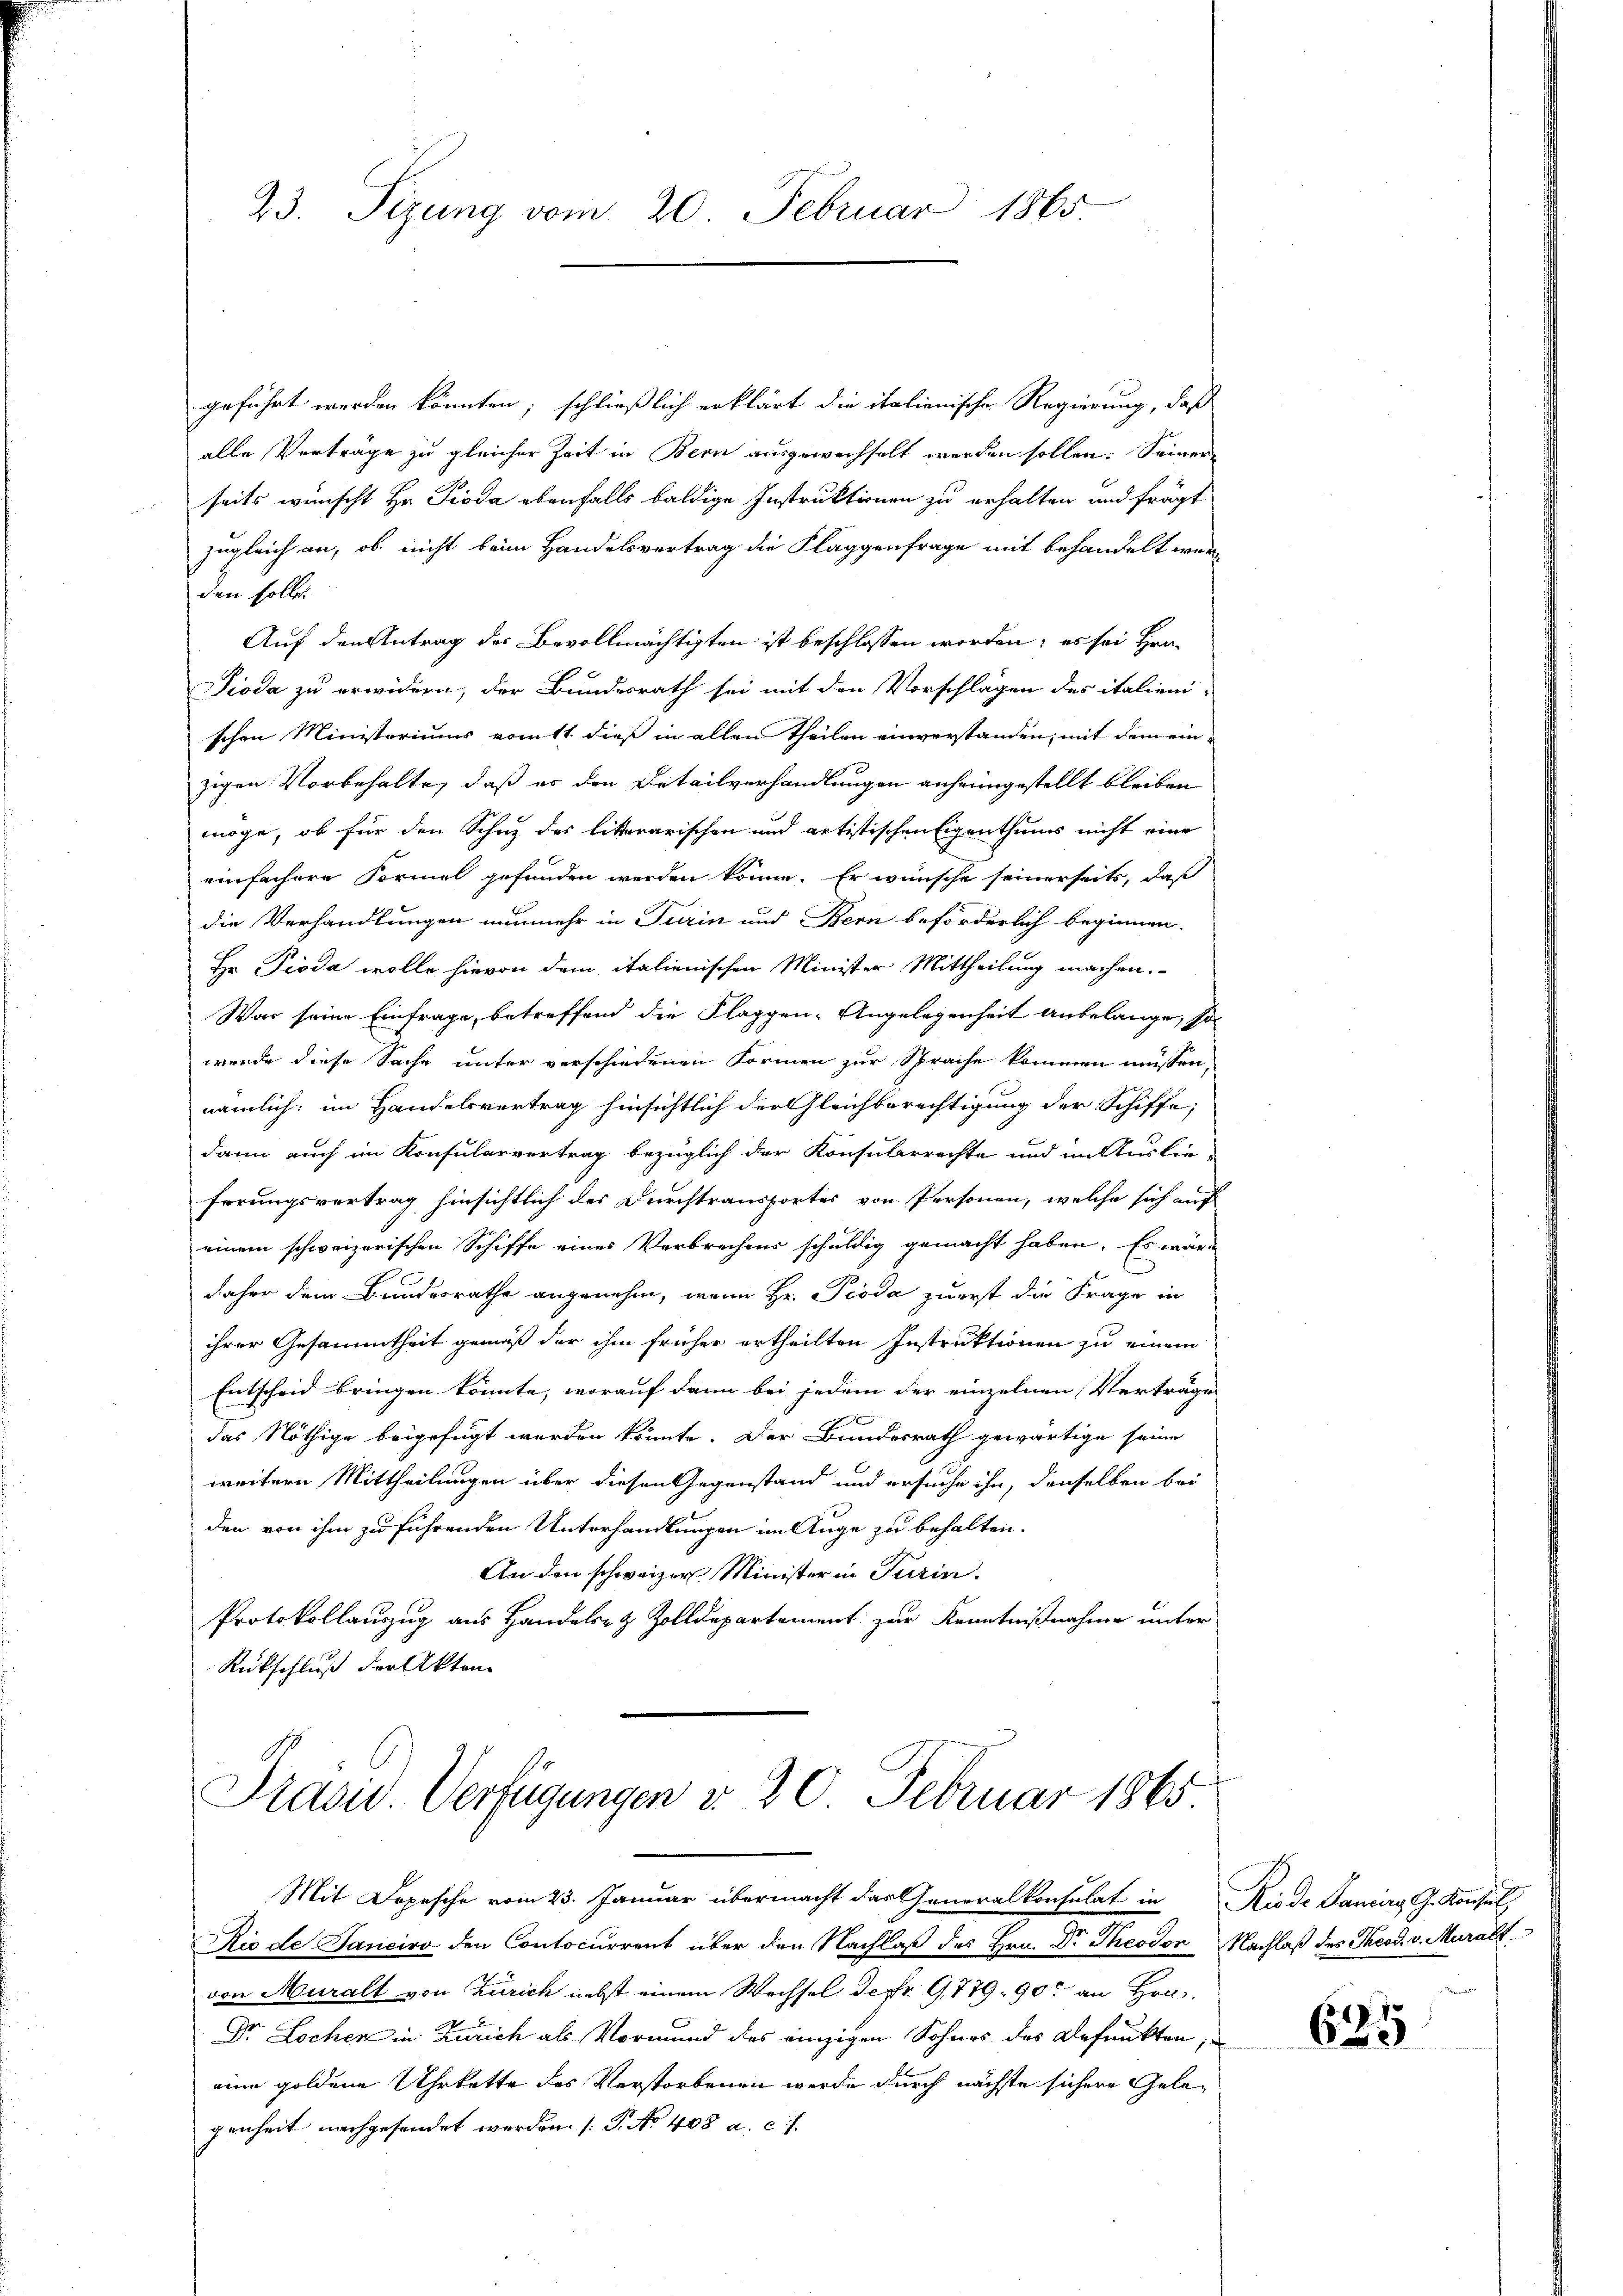
23. Sizung vom 20. Februar 1865.

geführt werden könnten; schließlich erklärt die italienische Regierung, daß
alle Verträge zu gleicher Zeit in Bern ausgewechselt werden sollen. Seiner
seits wünscht Hr. Pioda ebenfalls baldige Instruktionen zu erhalten und frägt
zugleich an, ob nicht beim Handelsvertrag die Klaggenfrage mit behandelt werden solle.
Auf den Antrag des Bevollmächtigten ist beschlossen worden; es sei Her-
Dioda zu erwidern, der Bundesrath sei mit den Vorschlägen des italieni-
schen Ministeriums vom 11 dieß in allen Theilen einverstanden, mit dem einzigen Vorbehalte, daß es den Detailverhandlungen anheimgestellt bleiben
möge, ob für den Schuz des litterarischen und artistischen Eigenthums nicht vier
einfachere Formel gefunden werden könne. Er wünsche seinerseits, daß
die Verhandlungen nunmehr in Turin und Bern beförderlich beginnen.
Hr. Pioda wolle hievon dem italienischen Minister Mittheilung machen.
War seine Einfrage, betreffend die Flappen-Angelegenheit anbelange, so
werde diese Sache unter verschiedenen Formen zur Sprache kommen müssen,
nämlich im Handelsvertrag hinsichtlich der Gleichberechtigung der Schiffe;
dann auch im Konsularvertrag bezüglich der Konsularrechte und in Auslie-
ferungsvertrag hinsichtlich des Durchtransportes von Personen, welche sich auf
einem schweizerischen Schiffe eines Verbrechens schuldig gemacht haben. Es wäre
daher dem Bundesrathe angenehm, wenn Hr. Pioda zuerst die Frage in
ihrer Gesammtheit gemäß der ihm früher ertheilten Instruktionen zu einem
Entscheid bringen könnte, worauf dann bei jedem der einzelnen Verträge
das Nöthige beigefügt werden könnte. Der Bundesrath gewärtige seine
weitern Mittheilungen über diesen Gegenstand und ersuche ihn, denselben bei
den von ihm zu führenden Unterhandlungen im Auge zu behalten.
An den schweizer Minister in Turin.
Protokollauszug aus Handels- & Zolldepartement zur Kenntnißnahme unter
Rückschluß der Akten

Präsid. Verfügungen d. 20. Februar 1865.

Rio de Janeiro den Contocurrent über den Nachlaß des Hrn. Dr Theodon Nachlaß des Theod. v. Muralt
von Muralt von Zürich nebst einem Wechsel de pr. G,779. 90. an Hrn.
Dr Lochen in Zürich als Vormund des einzigen Sohnes des Befunkten,
eine goldene Uhrkette des Verstorbenen werde durch nächste sichere Gelegenheit nachgesendet werden. (T. No 408 a. c. f

Mit Depesche vom 23. Januar übermacht das Generalkonsulat in Riode Sancirg, G. Konsul,

625